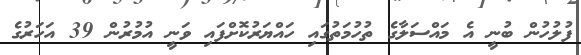
ފުލުހުން ބުނީ އެ މައްސަލާގެ ތުހުމަތުގައި ހައްޔަރުކޮށްފައި ވަނީ އުމުރުން 39 އަހަރުގެ